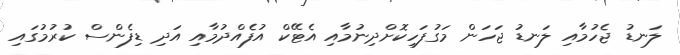
ލަނޑު ޖެހުމާއި ލަނޑު ޖަހަން މަގުފަހިކޮށްދިނުމާއި އެޓޭކް އުފެއްދުމާއި އަދި ޑިފެންސް ކުރުމުގައި